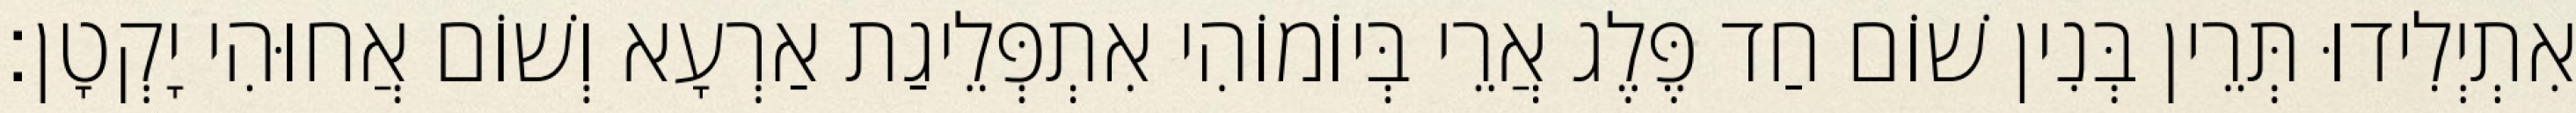
אִתְיְלִידוּ תְּרֵין בְּנִין שׁוֹם חַד פֶּלֶג אֲרֵי בְּיוֹמוֹהִי אִתְפְּלֵיגַת אַרְעָא וְשׁוֹם אֲחוּהִי יָקְטָן׃